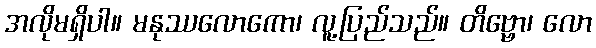
အလိုမရှိပါ။ မနုဿလောကော၊ လူ့ပြည်သည်။ တိဗ္ဗော၊ လော